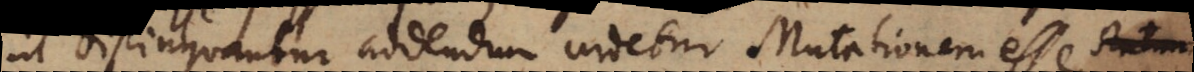
ut distinguantur addendum videtur, Mutationem esse statum